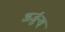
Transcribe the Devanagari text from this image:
अर्जुन्स्